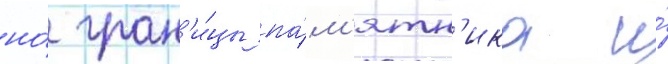
но́ гран'и́цы па́м'ятн'ика и́